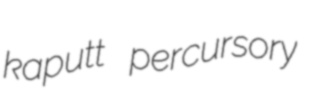
kaputt percursory